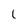
Character: 1